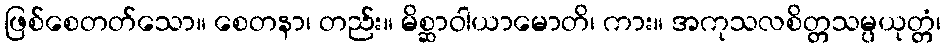
ဖြစ်စေတတ်သော။ စေတနာ၊ တည်း။ မိစ္ဆာဝါယာမောတိ၊ ကား။ အကုသလစိတ္တသမ္ပယုတ္တံ၊